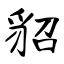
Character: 貂